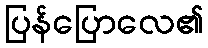
ပြန်ပြောလေ၏